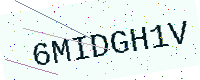
Text: 6MIDGH1V